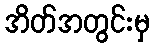
အိတ်အတွင်းမှ